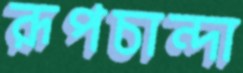
রূপচান্দা